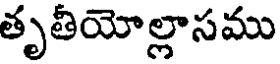
తృతీయోల్లాసము